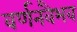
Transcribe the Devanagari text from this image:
वर्णनवैभव